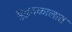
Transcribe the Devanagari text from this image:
युद्धदकालात